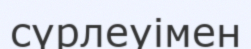
сүрлеуімен